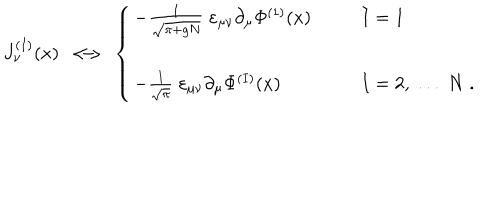
J _ { \nu } ^ { ( I ) } ( x ) \; \longleftrightarrow \; \left\{ \begin{array} { l l } { { - \frac { 1 } { \sqrt { \pi + g N } } \; \varepsilon _ { \mu \nu } \partial _ { \mu } \Phi ^ { ( 1 ) } ( x ) } } & { { I = 1 } } \\ { { \; } } & { { \; } } \\ { { - \frac { 1 } { \sqrt { \pi } } \; \varepsilon _ { \mu \nu } \partial _ { \mu } \Phi ^ { ( I ) } ( x ) } } & { { I = 2 , \; . . . \; N \; . } } \\ \end{array} \right.